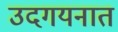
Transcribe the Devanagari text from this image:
उदगयनात